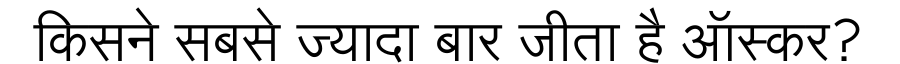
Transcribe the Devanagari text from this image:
किसने सबसे ज्यादा बार जीता है ऑस्कर?